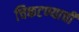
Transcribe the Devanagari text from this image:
चिकटण्याची